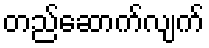
တည်ဆောက်လျက်